Annual returns of the Patna Lunatic Asylum at Bankipore in Bihar and Orissa - 1912-1924
Year: 1912
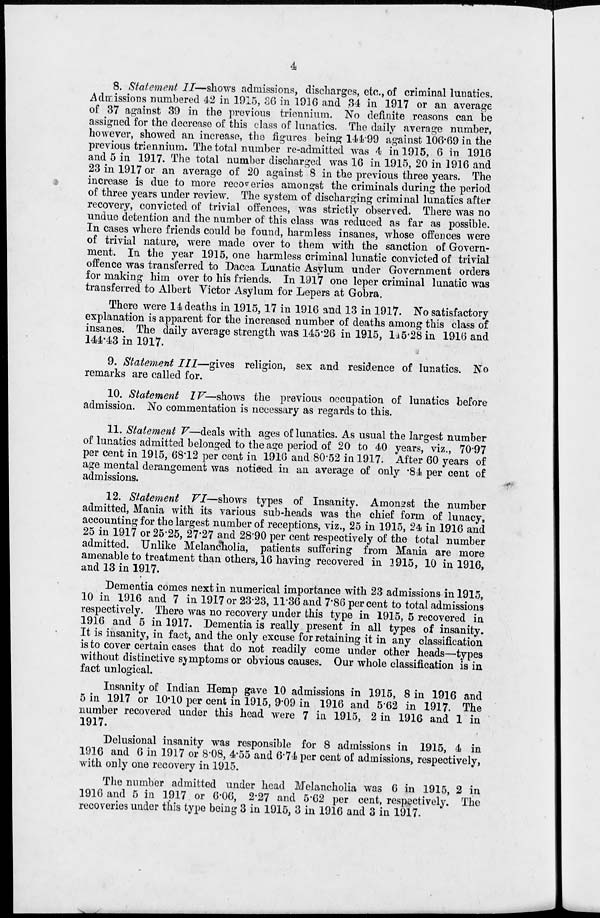
4
8. Statement II—shows admissions, discharges, etc., of criminal lunatics.
Admissions numbered 42 in 1915, 36 in 1916 and 34 in 1917 or an average
of 37 against 39 in the previous triennium. No definite reasons can be
assigned for the decrease of this class of lunatics. The daily average number,
however, showed an increase, the figures being 144.99 against 106.69 in the
previous triennium. The total number re-admitted was 4 in 1915, 6 in 1916
and 5 in 1917. The total number discharged was 16 in 1915, 20 in 1916 and
23 in 1917 or an average of 20 against 8 in the previous three years. The
increase is due to more recoveries amongst the criminals during the period
of three years under review. The system of discharging criminal lunatics after
recovery, convicted of trivial offences, was strictly observed. There was no
undue detention and the number of this class was reduced as far as possible.
In cases where friends could be found, harmless insanes, whose offences were
of trivial nature, were made over to them with the sanction of Govern-
ment. In the year 1915, one harmless criminal lunatic convicted of trivial
offence was transferred to Dacca Lunatic Asylum under Government orders
for making him over to his friends. In 1917 one leper criminal lunatic was
transferred to Albert Victor Asylum for Lepers at Gobra.
There were 14 deaths in 1915, 17 in 1916 and 13 in 1917. No satisfactory
explanation is apparent for the increased number of deaths among this class of
insanes. The daily average strength was 145.26 in 1915, 145.28 in 1916 and
144.43 in 1917.
9. Statement III—gives
religion, sex and residence of lunatics. No
remarks are called for.
10. Statement IV—shows the previous occupation of lunatics before
admission. No commentation is necessary as regards to this.
11. Statement V—deals with ages of lunatics. As usual the largest number
of lunatics admitted belonged to the age period of 20 to 40 years, viz., 70.97
per cent in 1915, 68.12 per cent in 1916 and 80.52 in 1917. After 60 years of
age mental derangement was noticed in an average of only .84 per cent of
admissions.
12. Statement VI—shows types of Insanity. Amongst the number
admitted, Mania with its various sub-heads was the chief form of lunacy,
accounting for the largest number of receptions, viz., 25 in 1915, 24 in 1916 and
25 in 1917 or 25.25, 27.27 and 28.90 per cent respectively of the total number
admitted. Unlike Melancholia, patients suffering from Mania are more
amenable to treatment than others, 16 having recovered in 1915, 10 in 1916,
and 13 in 1917.
Dementia comes next in numerical importance with 23 admissions in 1915,
10 in 1916 and 7 in 1917 or 23.23, 11.36 and 7.86 percent to total admissions
respectively. There was no recovery under this type in 1915, 5 recovered in
1916 and 5 in 1917. Dementia is really present in all types of insanity.
It is insanity, in fact, and the only excuse for retaining it in any classification
is to cover certain cases that do not readily come under other heads—types
without distinctive symptoms or obvious causes. Our whole classification is in
fact unlogical.
Insanity of Indian Hemp gave 10 admissions in 1915, 8 in 1916 and
5 in 1917 or 10.10 per cent in 1915, 9.09 in 1916 and 5.62 in 1917. The
number recovered under this head were 7 in 1915, 2 in 1916 and 1 in
1917.
Delusional insanity was responsible for 8 admissions in 1915, 4 in
1916 and 6 in 1917 or 8.08, 4.55 and 6.74 per cent of admissions, respectively,
with only one recovery in 1915.
The number admitted under head Melancholia was 6 in 1915, 2 in
1916 and 5 in 1917 or 6.06, 2.27 and 5.62 per cent, respectively. The
recoveries under this type being 3 in 1915, 3 in 1916 and 3 in 1917.